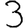
Digit: 3